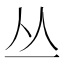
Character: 丛